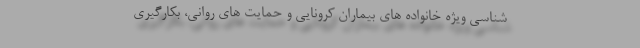
شناسی ویژه خانواده های بیماران کرونایی و حمایت های روانی، بکارگیری